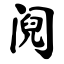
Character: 阋